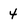
Character: 4